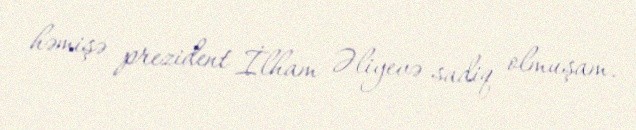
həmişə prezident İlham Əliyevə sadiq olmuşam.